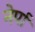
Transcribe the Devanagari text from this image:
नेर्पा